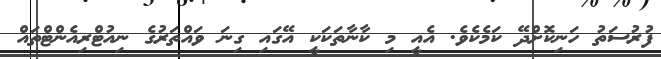
ފުރުސަތު ހަނިކޮށްދޭ ކަމެކެވެ. އެއީ މި ކާނާތަކަކީ އޭގައި ގިނަ ވައްތަރުގެ ނިއުޓްރިއެންޓްތައް